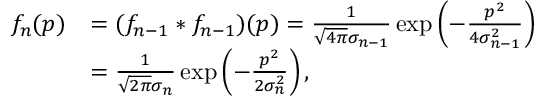
\begin{array} { r l } { f _ { n } ( p ) } & { = ( f _ { n - 1 } * f _ { n - 1 } ) ( p ) = \frac { 1 } { \sqrt { 4 \pi } \sigma _ { n - 1 } } \exp \left( - \frac { p ^ { 2 } } { 4 \sigma _ { n - 1 } ^ { 2 } } \right) } \\ & { = \frac { 1 } { \sqrt { 2 \pi } \sigma _ { n } } \exp \left( - \frac { p ^ { 2 } } { 2 \sigma _ { n } ^ { 2 } } \right) , } \end{array}